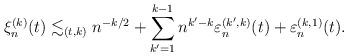
LaTeX: \begin{align*}\xi^{(k)}_{n}(t) \lesssim_{(t,k)} n^{-k/2} + \sum_{k'=1}^{k-1} n^{k'-k} \varepsilon^{(k',k)}_{n}(t) + \varepsilon^{(k,1)}_{n}(t).\end{align*}